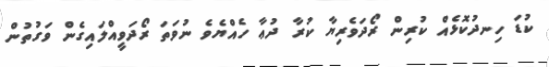
ކުޑަ ހިނދުކޮޅެއް ކުރިން ރޯދަވެރިޔާ ކުރާ ދުޢާ ހެއްޔެވެ ނުވަތަ ރޯދަވީއްލައިގެން ވަގުތުން